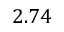
2 . 7 4